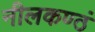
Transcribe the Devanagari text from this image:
नीलकण्ठं